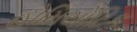
હોમિયોટિક